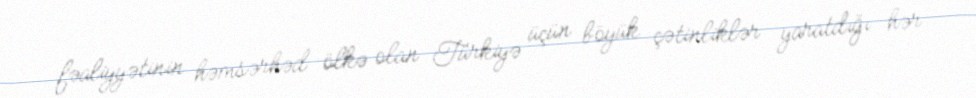
fəaliyyətinin həmsərhəd ölkə olan Türkiyə üçün böyük çətinliklər yaratdığı hər